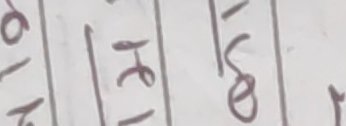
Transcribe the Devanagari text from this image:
९ हे हो
१ १ ७
२ रे ०